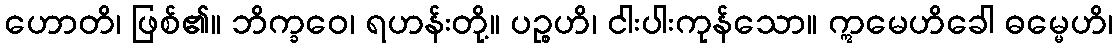
ဟောတိ၊ ဖြစ်၏။ ဘိက္ခဝေ၊ ရဟန်းတို့။ ပဉ္စဟိ၊ ငါးပါးကုန်သော။ ဣမေဟိခေါ ဓမ္မေဟိ၊